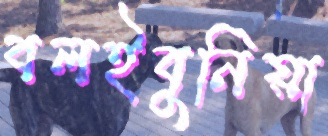
বলইবুনিয়া